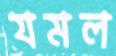
যমল